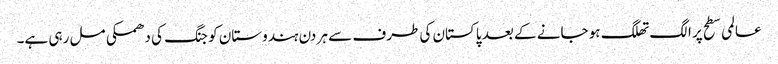
عالمی سطح پر الگ تھلگ ہو جانے کے بعد پاکستان کی طرف سے ہر دن ہندوستان کو جنگ کی دھمکی مل رہی ہے۔